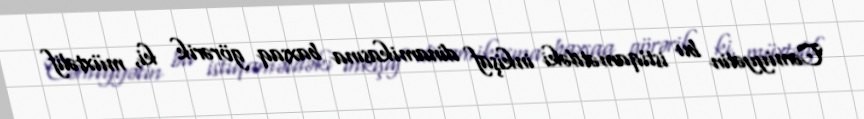
Cəmiyyətin bu istiqamətdəki inkişaf dinamikasına baxsaq görərik ki, müxtəlif